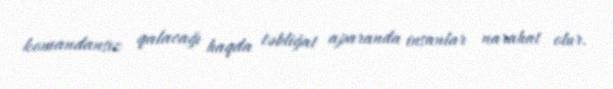
komandansız qalacağı haqda təbliğat aparanda insanlar narahat olur.